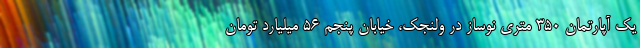
یک آپارتمان 350 متری نوساز در ولنجک، خیابان پنجم 56 میلیارد تومان